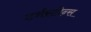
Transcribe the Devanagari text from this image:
टर्नस्टोन्स